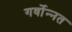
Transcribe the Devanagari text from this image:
गर्वोन्‍नत